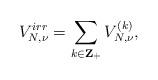
LaTeX: \begin{align*}V_{N,\nu}^{irr} = \sum_{k \in {\bf Z}_+} V_{N,\nu}^{(k)},\end{align*}